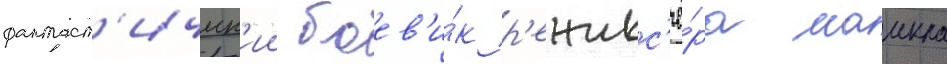
фантаст'ическ'ии боев'и́к р'ежисс'ё́ра маикла